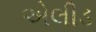
એલીડ